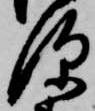
深